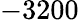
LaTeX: -3200